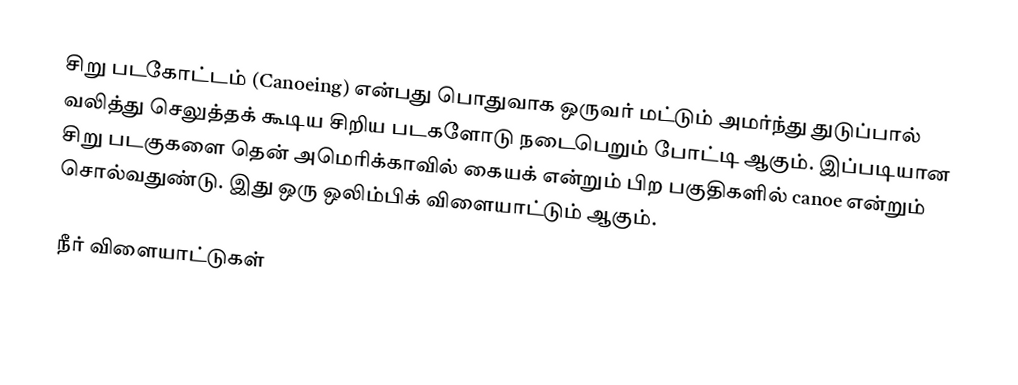
சிறு படகோட்டம் (Canoeing) என்பது பொதுவாக ஒருவர் மட்டும் அமர்ந்து துடுப்பால் வலித்து செலுத்தக் கூடிய சிறிய படகளோடு நடைபெறும் போட்டி ஆகும். இப்படியான சிறு படகுகளை தென் அமெரிக்காவில் கையக் என்றும் பிற பகுதிகளில் canoe என்றும் சொல்வதுண்டு. இது ஒரு ஒலிம்பிக் விளையாட்டும் ஆகும்.

நீர் விளையாட்டுகள்